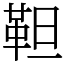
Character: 靼